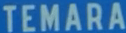
TEMARA